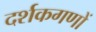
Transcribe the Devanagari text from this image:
दर्शकगणों